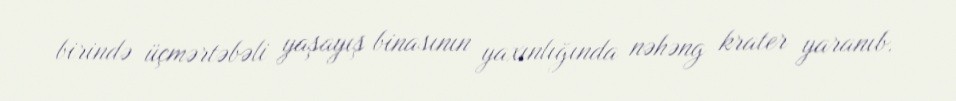
birində üçmərtəbəli yaşayış binasının yaxınlığında nəhəng krater yaranıb.